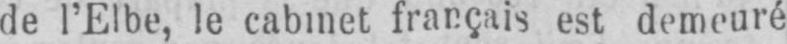
de l’Elbe, le cabinet français est demeuré